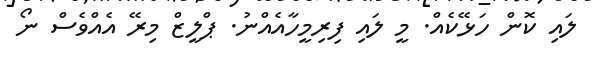
ލައި ކޮން ހަޅޭކެއް. މީ ލައި ފިރިމީހާއެއްނު. ޕްލީޒް މިރޭ އެއްވެސް ނޯ